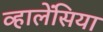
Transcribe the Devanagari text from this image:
व्हालेंसिया